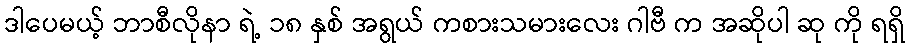
ဒါပေမယ့် ဘာစီလိုနာ ရဲ့ ၁၈ နှစ် အရွယ် ကစားသမားလေး ဂါဗီ က အဆိုပါ ဆု ကို ရရှိ